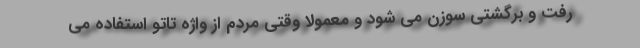
رفت و برگشتی سوزن می شود و معمولا وقتی مردم از واژه تاتو استفاده می